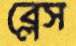
ব্লেস